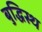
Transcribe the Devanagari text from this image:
बुद्धिस्थ